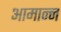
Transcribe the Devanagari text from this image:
आमान्न